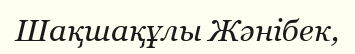
Шақшақұлы Жәнібек,